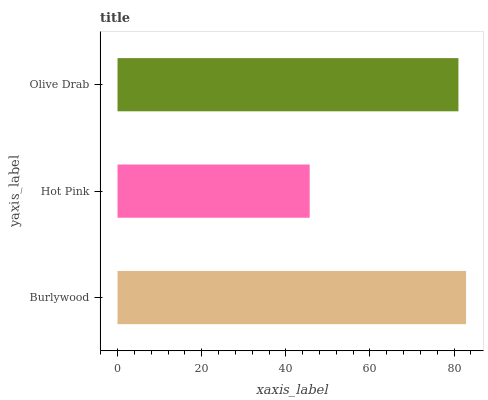
| yaxis_label | bars |
 | --- | --- |
 | Burlywood | 82.8 |
 | Hot Pink | 45.7 |
 | Olive Drab | 81 |